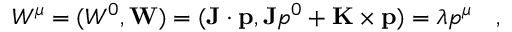
W ^ { \mu } = ( W ^ { 0 } , { \bf W } ) = ( { \bf J } \cdot { \bf p } , { \bf J } p ^ { 0 } + { \bf K } \times { \bf p } ) = \lambda p ^ { \mu } ~ ~ ~ ,